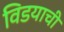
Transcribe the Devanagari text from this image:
विडयाची